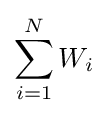
\sum _{i=1}^{N}W_{i}